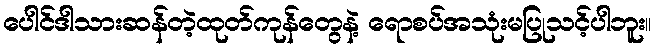
ပေါင်ဒါသားဆန်တဲ့ထုတ်ကုန်တွေနဲ့ ရောစပ်အသုံးမပြုသင့်ပါဘူး။